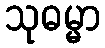
သုဓမ္မာ